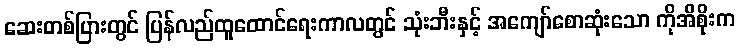
ဆေးတစ်ပြားတွင် ပြန်လည်ထူထောင်ရေးကာလတွင် သုံးဘီးနှင့် အကျော်စောဆုံးသော ကိုအိစိုးက